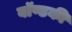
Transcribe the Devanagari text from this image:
बॉण्डकी